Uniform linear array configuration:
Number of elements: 32
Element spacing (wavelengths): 1
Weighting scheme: blackman
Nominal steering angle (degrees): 60
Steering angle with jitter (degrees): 61.995
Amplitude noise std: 0.05
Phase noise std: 0.05

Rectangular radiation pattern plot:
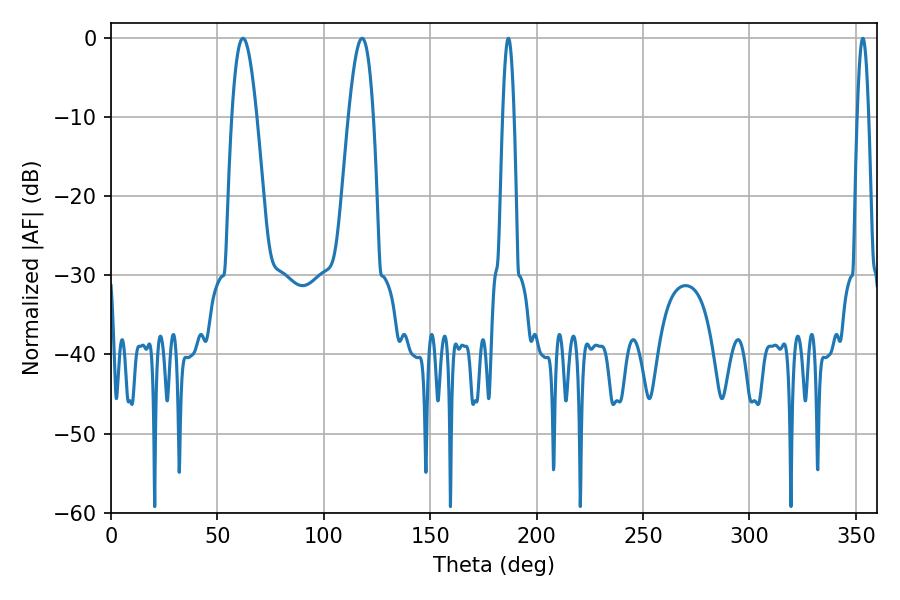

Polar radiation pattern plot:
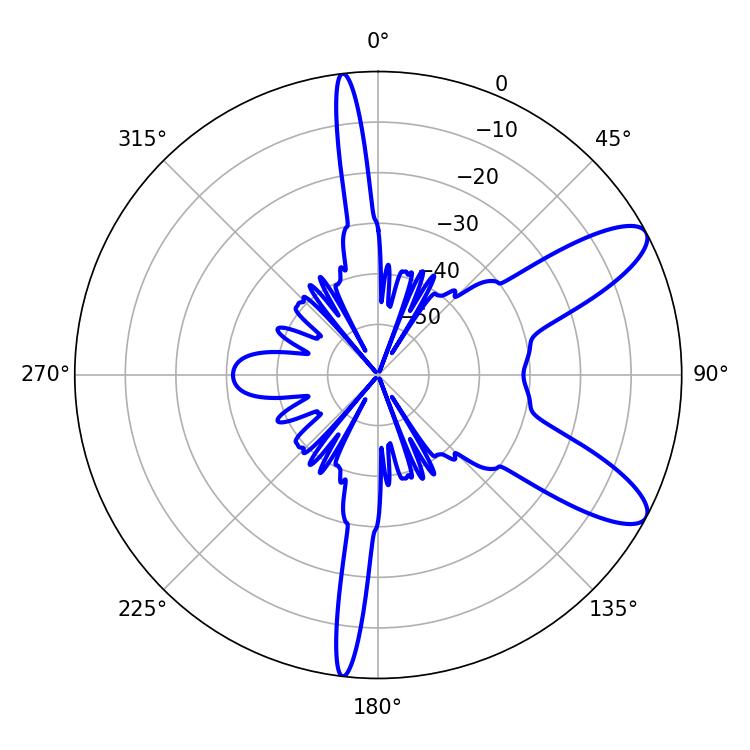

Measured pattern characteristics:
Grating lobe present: TRUE
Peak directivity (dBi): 9.951
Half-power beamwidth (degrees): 6.3
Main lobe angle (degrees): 62.1